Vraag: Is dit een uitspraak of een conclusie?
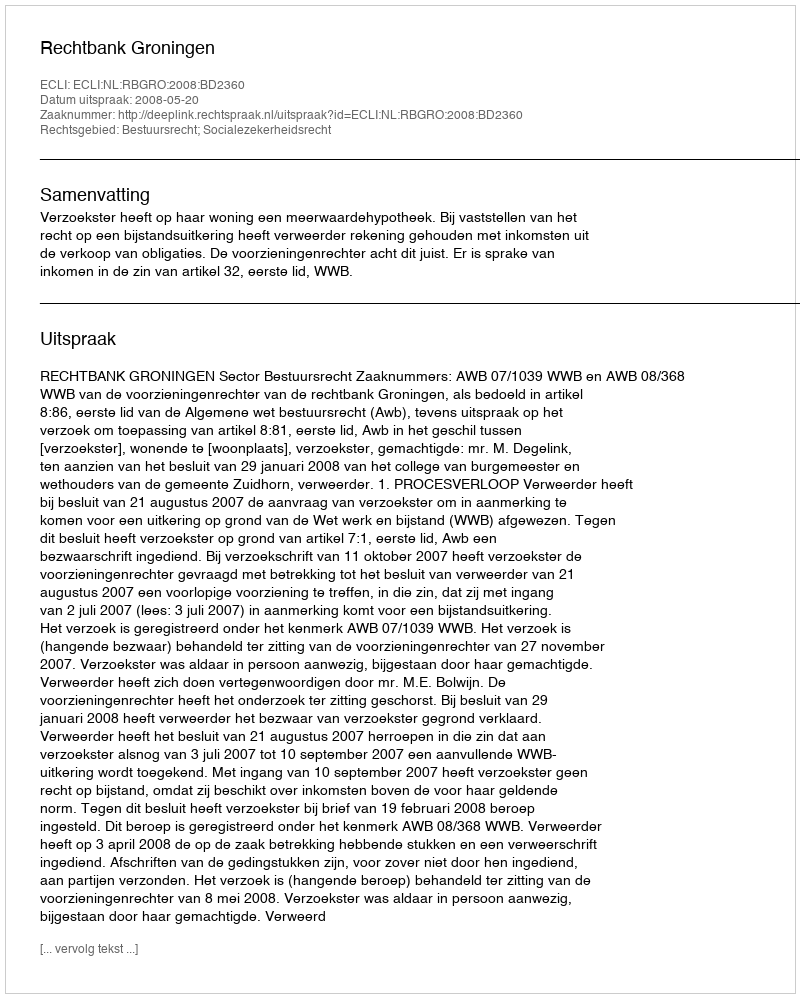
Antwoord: Uitspraak